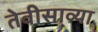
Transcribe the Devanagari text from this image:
तेवीसाव्‍या